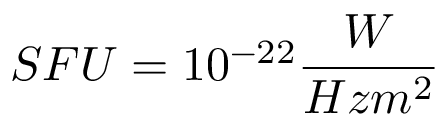
S F U = 1 0 ^ { - 2 2 } \frac { W } { H z m ^ { 2 } }